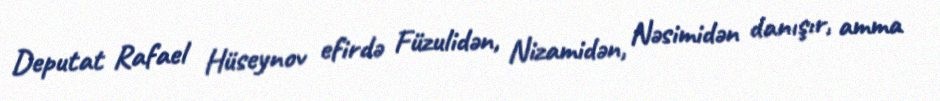
Deputat Rafael Hüseynov efirdə Füzulidən, Nizamidən, Nəsimidən danışır, amma